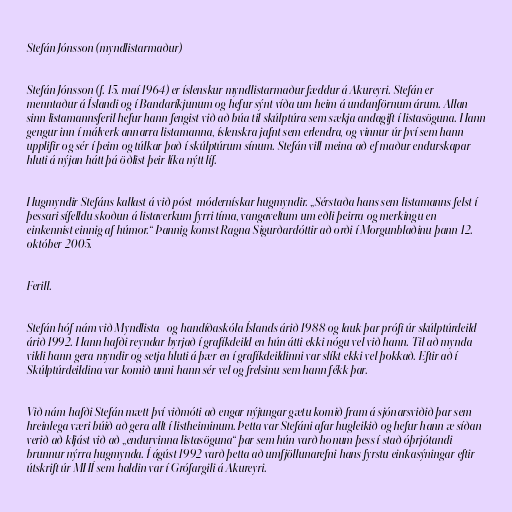
Stefán Jónsson (myndlistarmaður)

Stefán Jónsson (f. 15. maí 1964) er íslenskur myndlistarmaður fæddur á Akureyri. Stefán er
menntaður á Íslandi og í Bandaríkjunum og hefur sýnt víða um heim á undanförnum árum. Allan
sinn listamannsferil hefur hann fengist við að búa til skúlptúra sem sækja andagift í listasöguna. Hann
gengur inn í málverk annarra listamanna, íslenskra jafnt sem erlendra, og vinnur úr því sem hann
upplifir og sér í þeim og túlkar það í skúlptúrum sínum. Stefán vill meina að ef maður endurskapar
hluti á nýjan hátt þá öðlist þeir líka nýtt líf.

Hugmyndir Stefáns kallast á við póst-módernískar hugmyndir. „Sérstaða hans sem listamanns felst í
þessari sífelldu skoðun á listaverkum fyrri tíma, vangaveltum um eðli þeirra og merkingu en
einkennist einnig af húmor.“ Þannig komst Ragna Sigurðardóttir að orði í Morgunblaðinu þann 12.
október 2005.

Ferill.

Stefán hóf nám við Myndlista- og handíðaskóla Íslands árið 1988 og lauk þar prófi úr skúlptúrdeild
árið 1992. Hann hafði reyndar byrjað í grafíkdeild en hún átti ekki nógu vel við hann. Til að mynda
vildi hann gera myndir og setja hluti á þær en í grafíkdeildinni var slíkt ekki vel þokkað. Eftir að í
Skúlptúrdeildina var komið unni hann sér vel og frelsinu sem hann fékk þar.

Við nám hafði Stefán mætt því viðmóti að engar nýjungar gætu komið fram á sjónarsviðið þar sem
hreinlega væri búið að gera allt í listheiminum. Þetta var Stefáni afar hugleikið og hefur hann æ síðan
verið að kljást við að „endurvinna listasöguna“ þar sem hún varð honum þess í stað óþrjótandi
brunnur nýrra hugmynda. Í ágúst 1992 varð þetta að umfjöllunarefni hans fyrstu einkasýningar eftir
útskrift úr MHÍ sem haldin var í Grófargili á Akureyri.